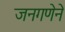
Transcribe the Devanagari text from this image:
जनगणेने